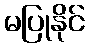
မပြုနိုင်